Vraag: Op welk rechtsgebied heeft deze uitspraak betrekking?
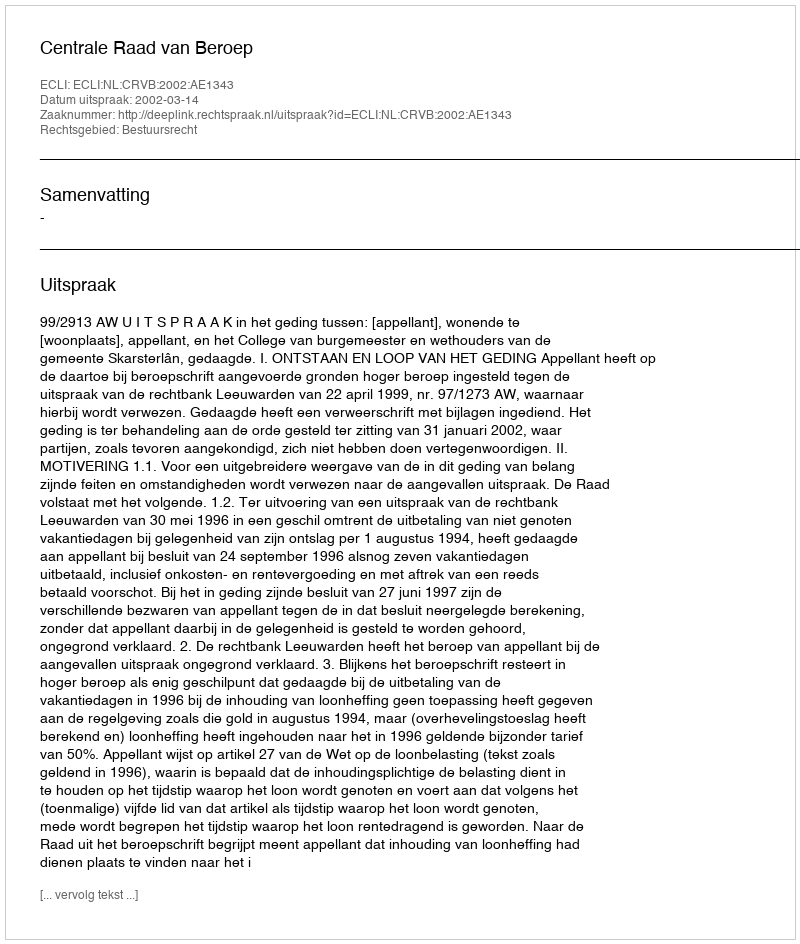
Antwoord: Bestuursrecht